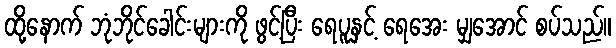
ထို့နောက် ဘုံဘိုင်ခေါင်းများကို ဖွင့်ပြီး ရေပူနှင့် ရေအေး မျှအောင် စပ်သည်။